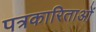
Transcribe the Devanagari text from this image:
पत्रकारिताओं